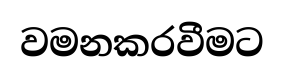
වමනකරවීමට